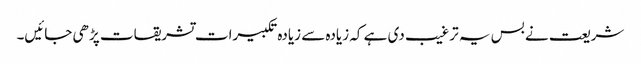
شریعت نے بس یہ ترغیب دی ہے کہ زیادہ سے زیادہ تکبیرات تشریقات پڑھی جائیں۔